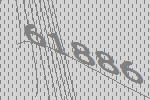
61886